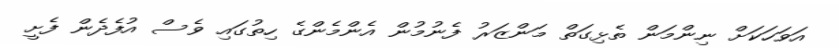
އަވަހަކަށް ނިންމަން ތެޅިގަތް މަންޒަރު ފެނުމުން އެންމެންގެ ހިތުގައި ވެސް އުފެދެން ފެށީ